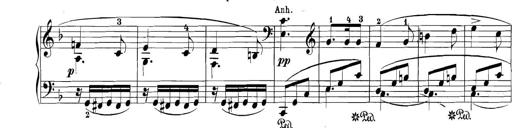
Title: 3 Sonatinas
Composer: Carl Reinecke